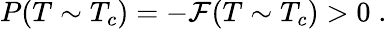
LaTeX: P(T\sim T_{c})=-{\cal F}(T\sim T_{c})>0\; .